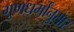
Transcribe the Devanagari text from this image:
गुणधर्मांनुसार